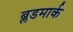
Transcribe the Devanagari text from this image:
ब्लडमार्क